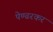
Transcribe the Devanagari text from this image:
पेण्ढरकर